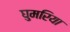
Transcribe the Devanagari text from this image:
घुमरिया